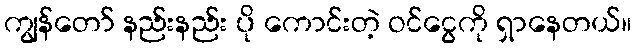
ကျွန်တော် နည်းနည်း ပို ကောင်းတဲ့ ဝင်ငွေကို ရှာနေတယ်။